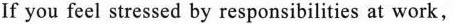
If you feel stressed by responsibilities at work,